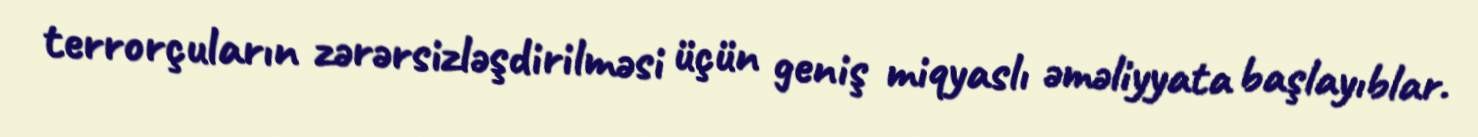
terrorçuların zərərsizləşdirilməsi üçün geniş miqyaslı əməliyyata başlayıblar.